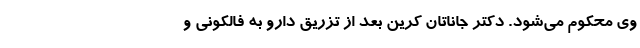
وی محکوم می‌شود. دکتر جاناتان کرین بعد از تزریق دارو به فالکونی و